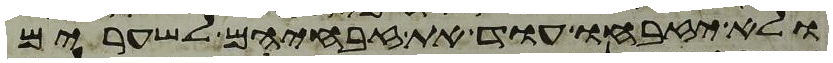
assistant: ולא יזבחו עוד את זבחיהם לשערים